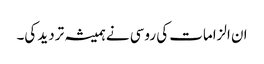
ان الزامات کی روسی نے ہمیشہ تردید کی۔